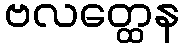
ဗလတ္ထေန